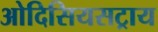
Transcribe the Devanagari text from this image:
ओदिसियसट्राय